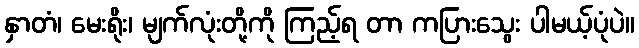
နှာတံ၊ မေးရိုး၊ မျက်လုံးတို့ကို ကြည့်ရ တာ ကပြားသွေး ပါမယ့်ပုံပဲ။